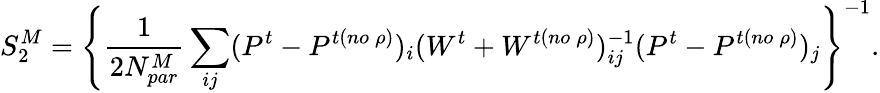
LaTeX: S_{2}^{M}=\left\{ {\frac{1}{2N_{par}^{M}}}\sum_{ij}(P^{t}-P^{t(no\: \rho)})_{i}(W^{t}+W^{t(no\: \rho)})_{ij}^{-1}(P^{t}-P^{t(no\: \rho)})_{j}\right\} ^{-1}.